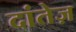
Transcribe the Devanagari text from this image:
दांतेज़